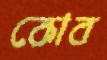
কোব